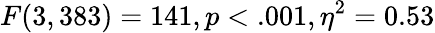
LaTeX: F(3,383)=141,p<.001,\eta^{2}=0.53